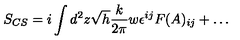
S _ { C S } = i \int d ^ { 2 } z \sqrt { h } { \frac { k } { 2 \pi } } w \epsilon ^ { i j } F ( A ) _ { i j } + \dots